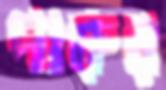
পারুর